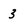
Character: 3